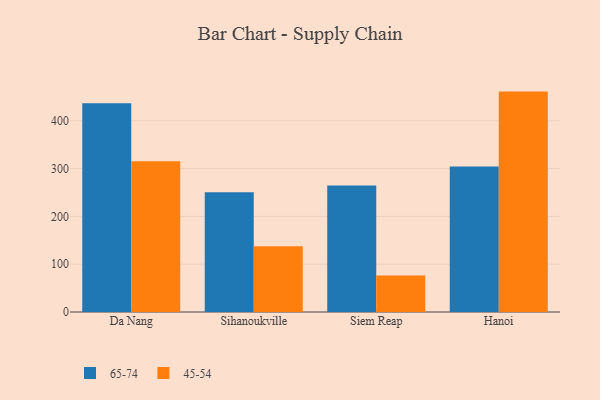
{"axis": {"x": "City", "y": "Website Visitors"}, "legend": ["45-54", "65-74"], "data": [{"x": "Da Nang", "y": 436.7, "type": "65-74"}, {"x": "Da Nang", "y": 315.2, "type": "45-54"}, {"x": "Sihanoukville", "y": 250.7, "type": "65-74"}, {"x": "Sihanoukville", "y": 137.4, "type": "45-54"}, {"x": "Siem Reap", "y": 264.5, "type": "65-74"}, {"x": "Siem Reap", "y": 76.4, "type": "45-54"}, {"x": "Hanoi", "y": 304.2, "type": "65-74"}, {"x": "Hanoi", "y": 461.0, "type": "45-54"}]}